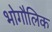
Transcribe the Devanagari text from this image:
भोगौलिक